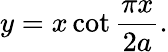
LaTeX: y=x\cot{\frac{\pi x}{2a}}.